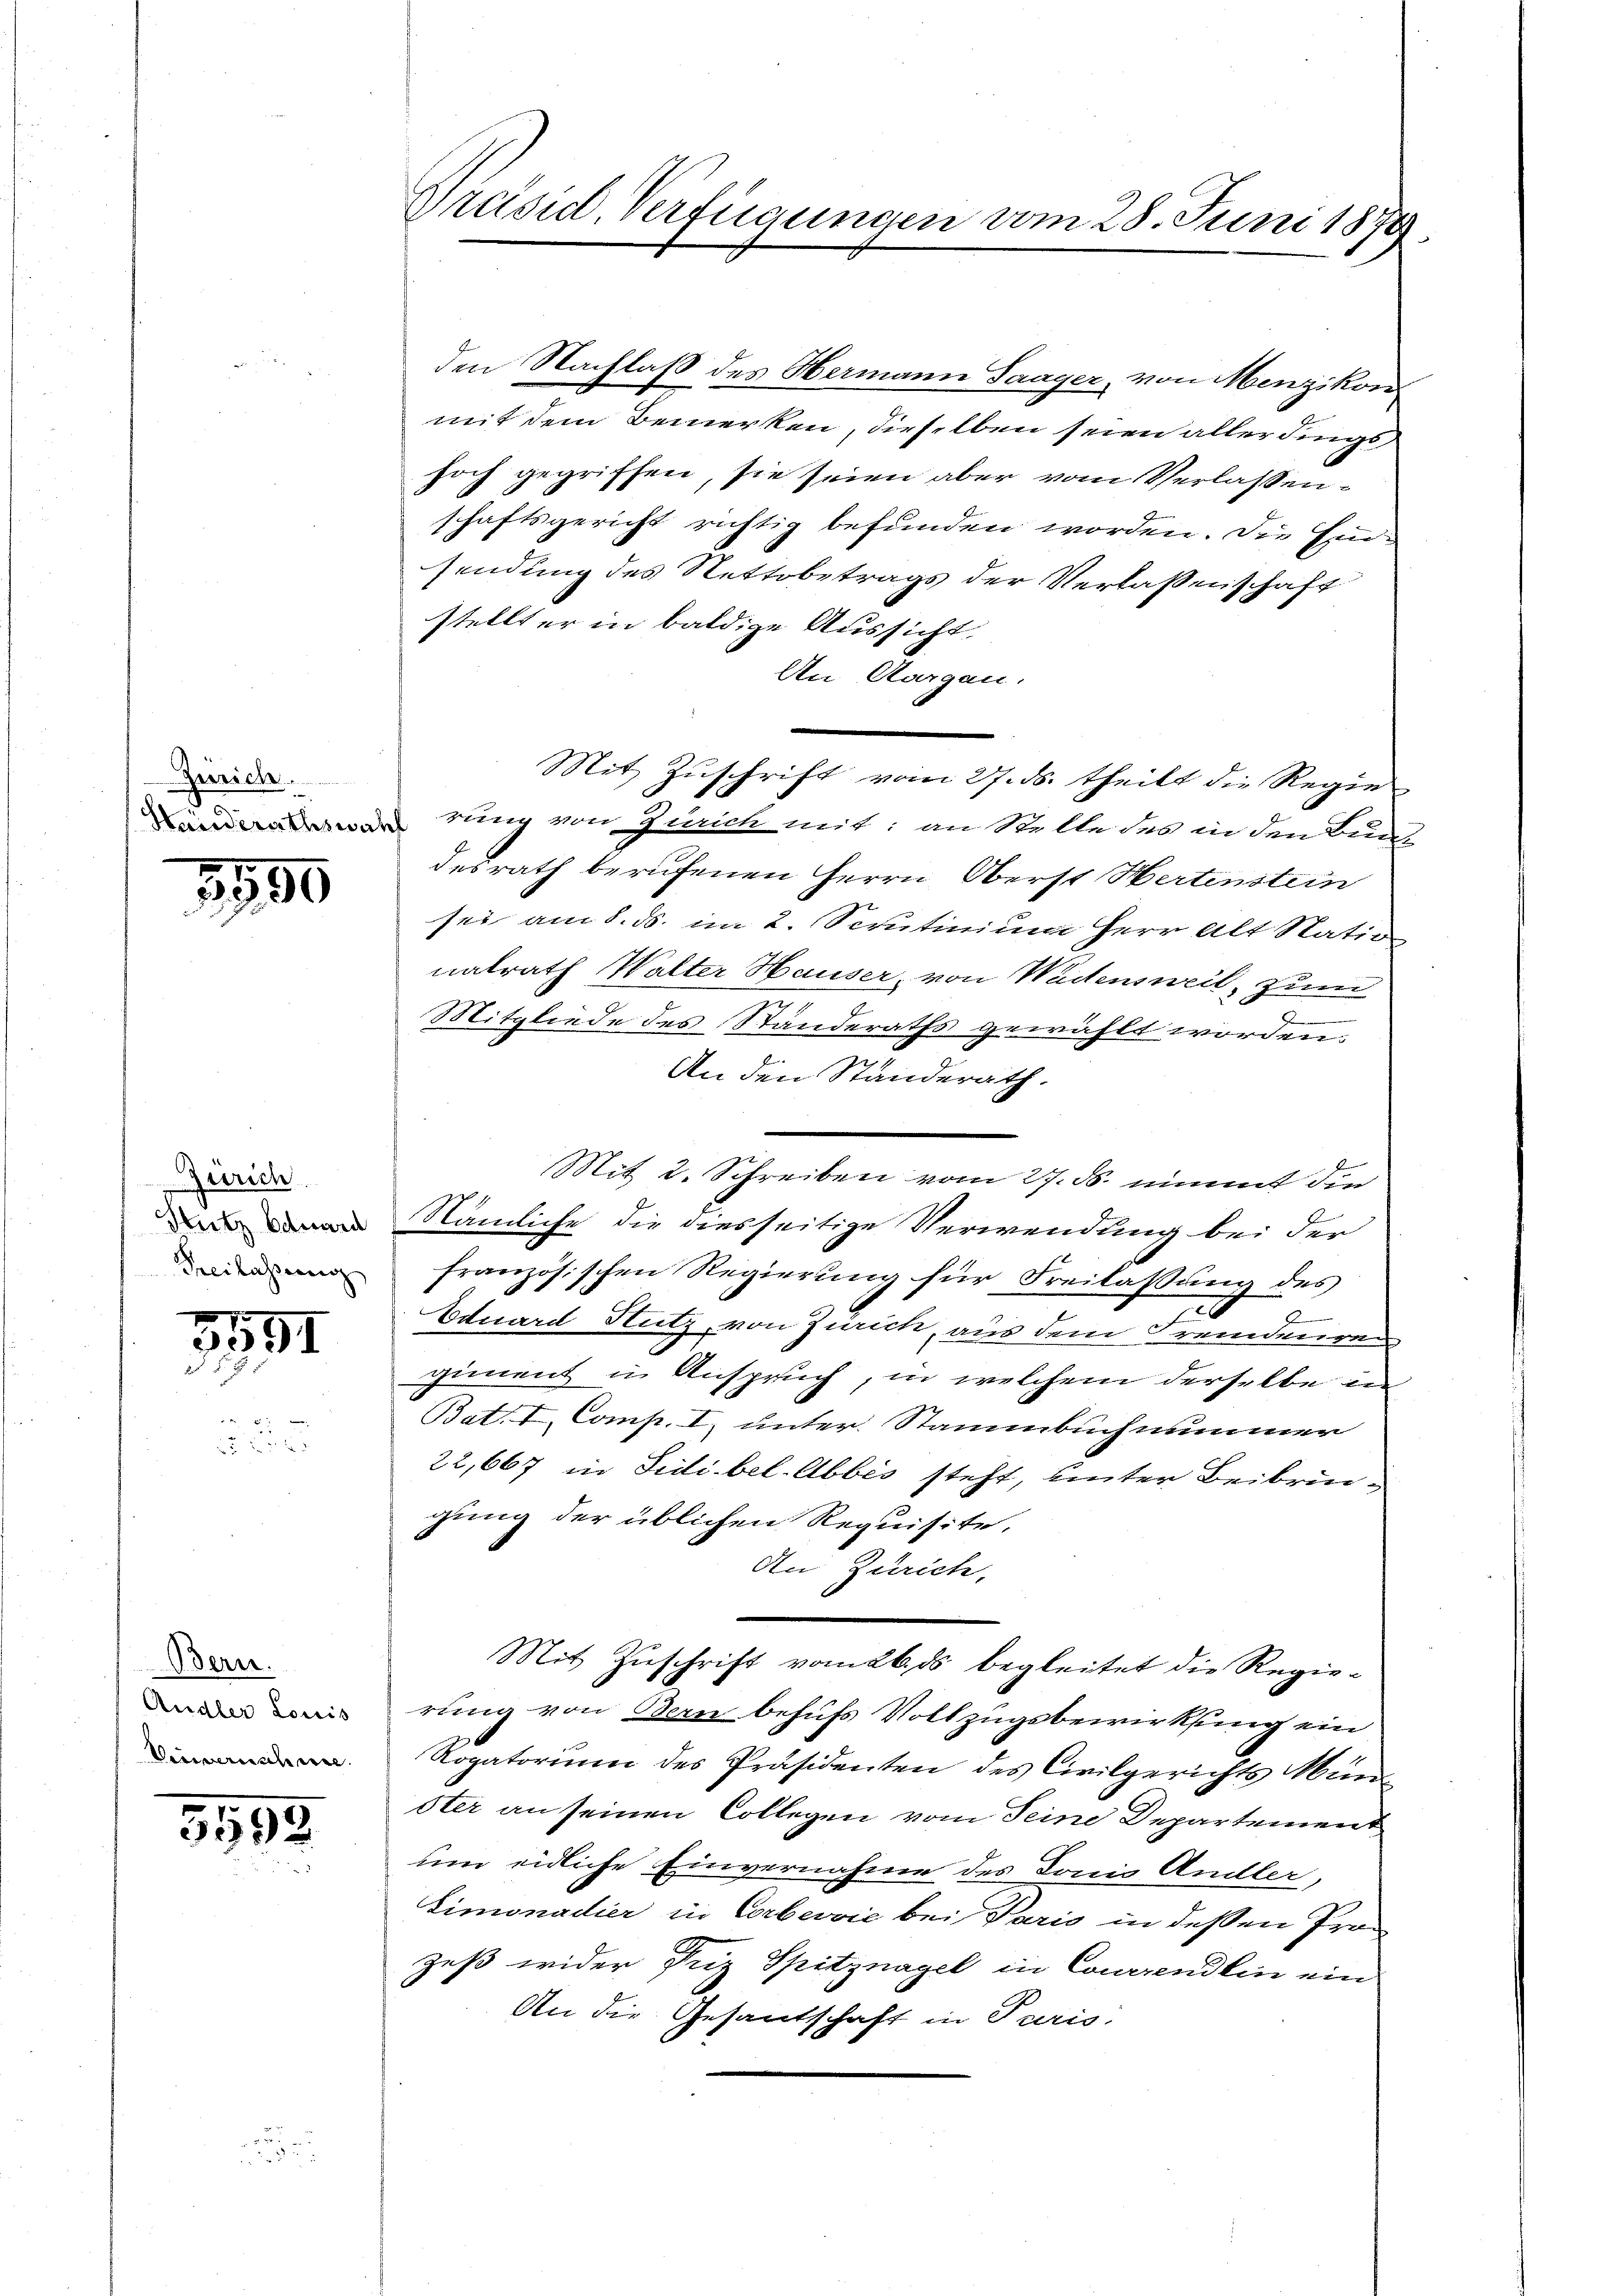
Zürich.
Haiderathswahh

3550

Zürich
Stutz Eduard
Freilassung

3551

Bern.
Andler Louis
Vinvernischeine

5593

Präsid. Verfügungen vom 28. Juni 1874.

den Nachlaß des Hermann Saager, von Menzikon
mit dem Bemerken, dieselben seien allerdings
hoch gegriffen, sie seien aber vom Verlassenschaftsgericht richtig befunden worden. Die Einfindung des Nettobetrags der Verlassenschaft
stellter in baldige Aussicht,
An Aargau.
rung von Zürich mit: an Stelle des in den Bund
desrath berufenen Herrn Oberst Hertenstein
sei am 8. ds. im 2. Scrutinium Herr Alt Nation
nalrath Walter Hauser, von Wädensweil, zum
Mitgliede des Standeraths gewählt worden.
An den Standerath.
Mit 2. Schreiben vom 27. ds. nimmt die
Nämliche die diesseitige Verwendung bei der
französischen Regierung für Freilassung des
d
Eduard Stutz, von Zürich, aus dem Fremdenren
giment in Anspruch, in welchem derselbe in
Bat. I, Comp. I. unter Stammbuch nimmer
22,667 in Fidibel-Abbes steht, hinter Beibringung der üblichen Requisite.
An Zürich.
Mit Zuschrift vom 26. ds begleitet die Regierung von Bern behufs Vollzugsbewirkung ein
Rogatorium des Präsidenten des Civilgerichts Muni
ster an seinen Collegen vom Seine Departement
um eidliche Einvernahme des Tonio Andler,
Limonadier in Corbevvić bei Paris in deßen Prozeß wider Friz Spitznagel in Conciendlin ein
An die Gesandschaft in Paris.

Mit Zuschrift vom 27. ds. theilt die Regie¬